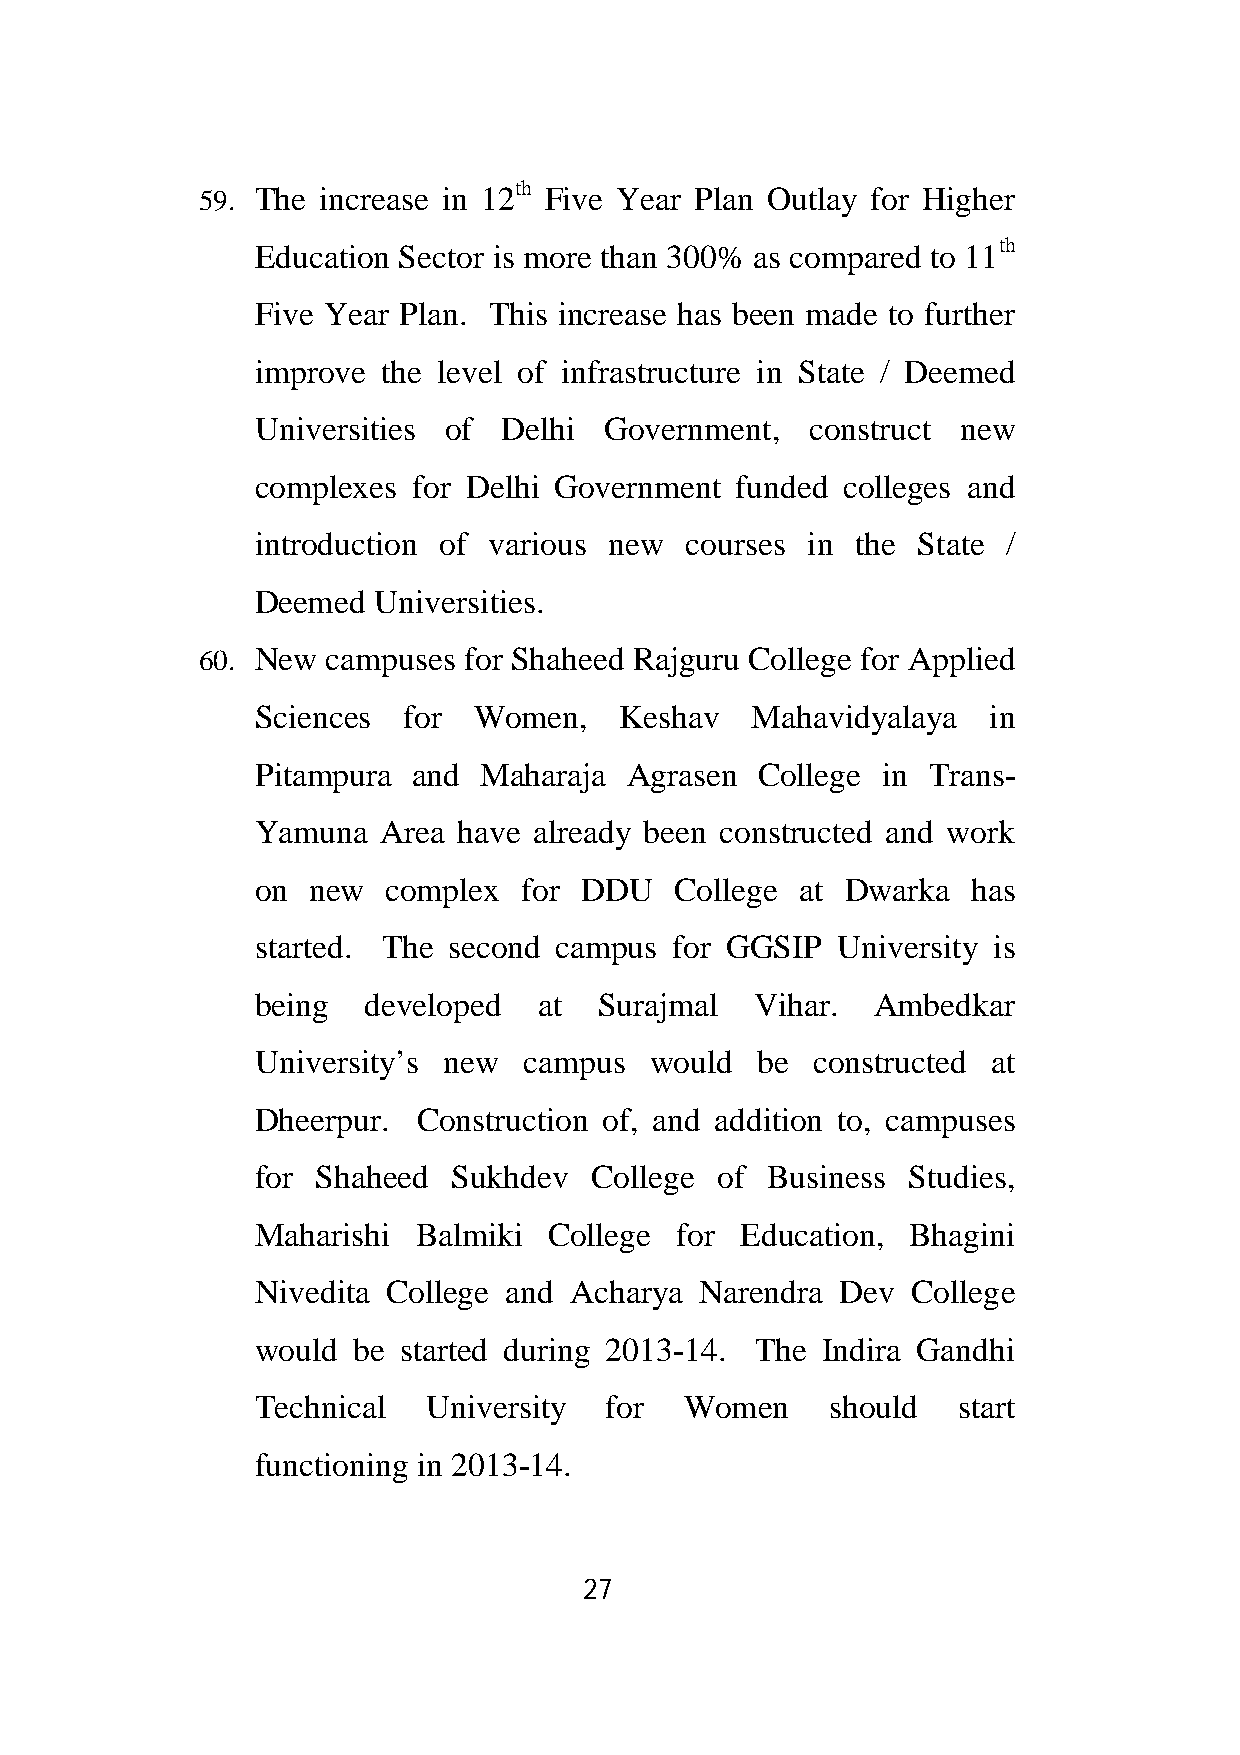
th
 59. The increase in 12 Five Year Plan Outlay for Higher
 th
 Education Sector is more than 300% as compared to 11
 Five Year Plan. This increase has been made to further
 improve the level of infrastructure in State / Deemed
 Universities of Delhi  Government,   construct new
 complexes for Delhi Government  funded colleges and
 introduction of various new courses in  the State /
 Deemed  Universities.
 60. New  campuses for Shaheed Rajguru College for Applied
 Sciences  for Women,    Keshav   Mahavidyalaya  in
 Pitampura and  Maharaja  Agrasen College in Trans-
 Yamuna  Area have already been constructed and work
 on new   complex for DDU    College at Dwarka  has
 started. The second campus  for GGSIP University is
 being  developed   at  Surajmal  Vihar.  Ambedkar
 University’s new  campus  would  be  constructed at
 Dheerpur.  Construction of, and addition to, campuses
 for Shaheed  Sukhdev  College of  Business Studies,
 Maharishi  Balmiki College  for Education, Bhagini
 Nivedita College and Acharya Narendra  Dev College
 would be started during 2013-14. The Indira Gandhi
 Technical  University  for  Women     should  start
 functioning in 2013-14.
 27